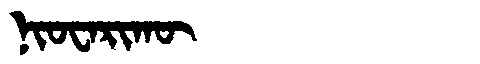
Manchu: ᠨᡳᠣᠸᠠᡵᡳᡴᡡ
Romanization: NIOWARIKŪ